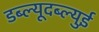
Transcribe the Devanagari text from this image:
डब्ल्यूदब्ल्युई